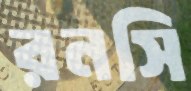
রনসি